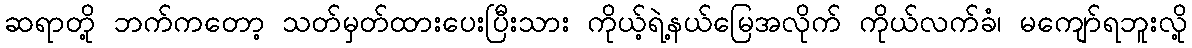
ဆရာတို့ ဘက်ကတော့ သတ်မှတ်ထားပေးပြီးသား ကိုယ့်ရဲ့နယ်မြေအလိုက် ကိုယ်လက်ခံ၊ မကျော်ရဘူးလို့